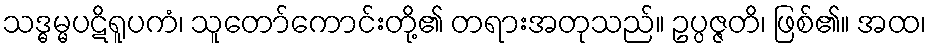
သဒ္ဓမ္မပဋိရူပကံ၊ သူတော်ကောင်းတို့၏ တရားအတုသည်။ ဥပ္ပဇ္ဇတိ၊ ဖြစ်၏။ အထ၊